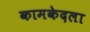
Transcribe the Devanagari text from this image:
कामकेदला